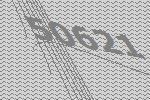
50621